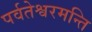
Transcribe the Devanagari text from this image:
पर्वतेश्वरमन्ति